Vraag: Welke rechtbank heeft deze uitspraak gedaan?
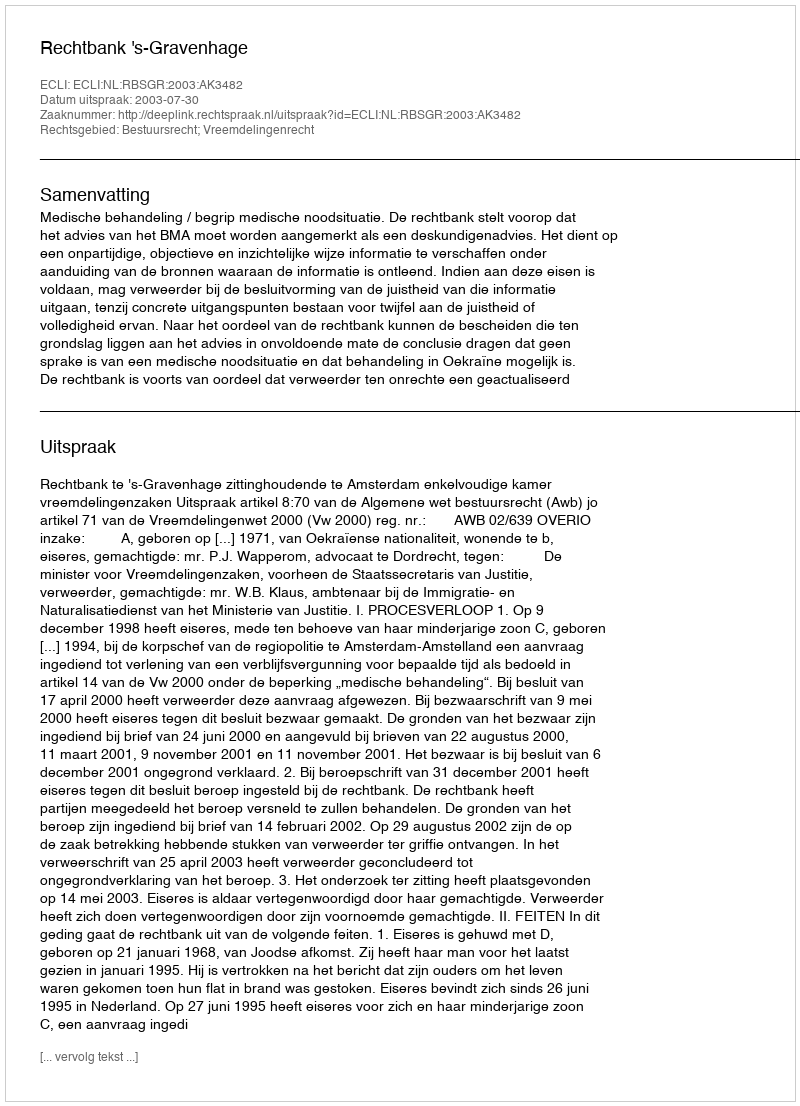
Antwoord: Rechtbank 's-Gravenhage